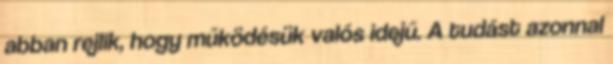
abban rejlik, hogy működésük valós idejű. A tudást azonnal